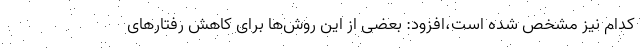
کدام نیز مشخص شده است،افزود: بعضی از این روش‌ها برای کاهش رفتارهای